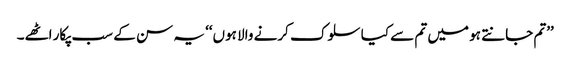
’’تم جانتے ہو میں تم سے کیا سلوک کرنے والا ہوں‘‘ یہ سن کے سب پکار اٹھے۔